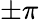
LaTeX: \pm\pi